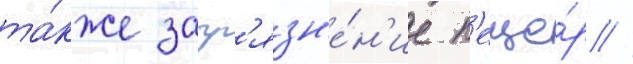
та́кже загр'язн'е́н'ие п'еще́р //